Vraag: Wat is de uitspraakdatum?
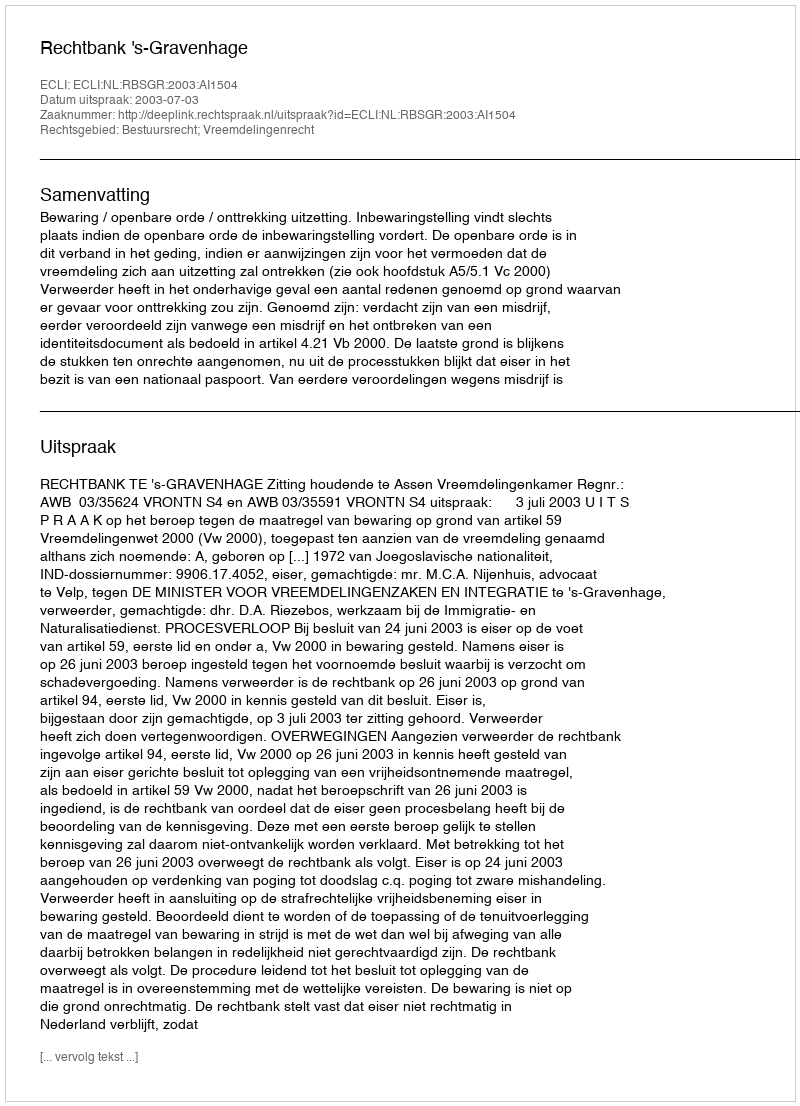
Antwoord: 2003-07-03